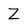
Character: Z